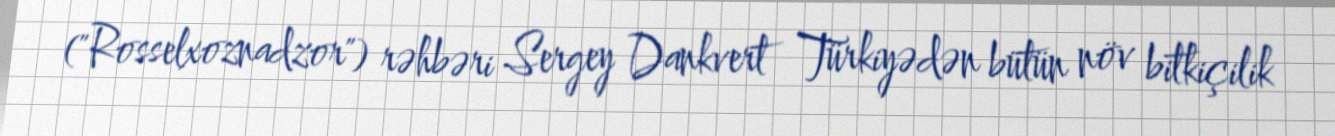
("Rosselxoznadzor") rəhbəri Sergey Dankvert Türkiyədən bütün növ bitkiçilik